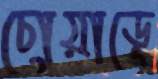
চোয়াড়ে